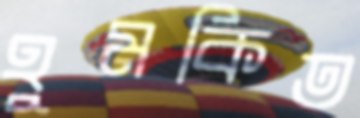
হুমকিত